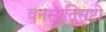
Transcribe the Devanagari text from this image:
वनस्पतिसृष्टी